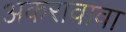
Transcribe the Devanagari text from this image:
अकरावावा